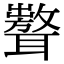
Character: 𦗷